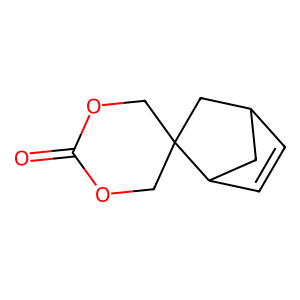
SMILES: O=C1OCC2(CO1)CC1C=CC2C1
Inhibits HIV replication: No